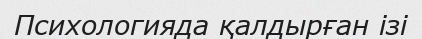
Психологияда қалдырған ізі